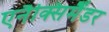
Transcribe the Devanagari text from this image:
एनैक्सिमैंडर